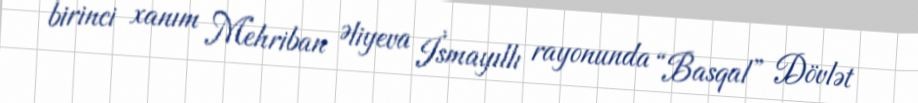
birinci xanım Mehriban Əliyeva İsmayıllı rayonunda “Basqal” Dövlət